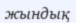
жындық